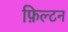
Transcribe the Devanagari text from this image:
फ़िल्टन